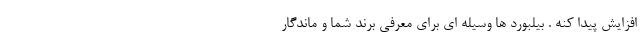
افزایش پیدا کنه . بیلبورد ها وسیله ای برای معرفی برند شما و ماندگار